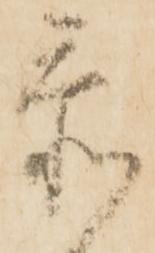
忝